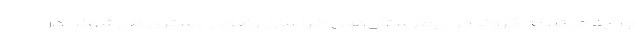
جدید مبتلا به کرونا در بیمارستان‌های خراسان رضوی بستری می‌شوند در